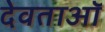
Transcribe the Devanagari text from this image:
देवताऑ